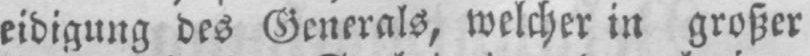
eidigung des Generals, welcher in großer